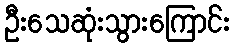
ဦးသေဆုံးသွားကြောင်း